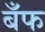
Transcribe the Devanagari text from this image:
बँफ